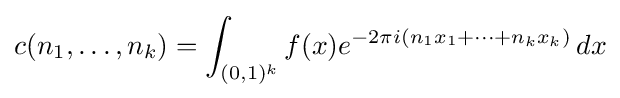
c(n_{1},\ldots ,n_{k})=\int _{(0,1)^{k}}f(x)e^{-2\pi i(n_{1}x_{1}+\cdots +n_{k}x_{k})}\,dx